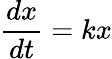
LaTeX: \! \, {\frac{dx}{dt}}=kx